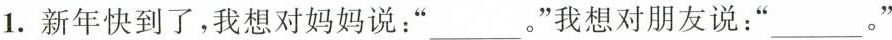
1.新年快到了，我想对妈妈说：“___。”我想对朋友说：“___。”